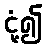
ငုံ့၍